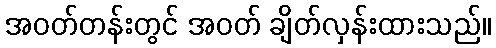
အဝတ်တန်းတွင် အဝတ် ချိတ်လှန်းထားသည်။